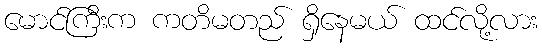
မောင်ကြီးက ကတိမတည် ရှိနေမယ် ထင်လို့လား